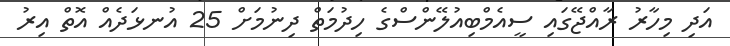
އަދި މިހާރު ރާއްޖޭގައި ސީއެމްބިއުލޭންސްގެ ހިދުމަތް ދިނުމަށް 25 އުނޅަދެއް އޮތް އިރު